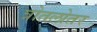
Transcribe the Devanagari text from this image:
त्रोतलोतर